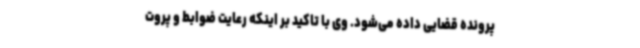
پرونده قضایی داده می‌شود. وی با تاکید بر اینکه رعایت ضوابط و پروت